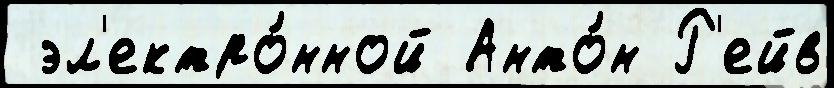
 эл'ектро́нной Анто́н Р'ейв